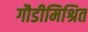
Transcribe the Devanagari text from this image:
गौडीमिश्रित